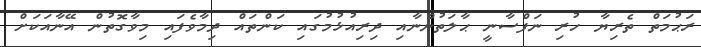
ރަޙުމަތް ތެރިޔާ ހުރި ނަފްސާނީ ޙާލަތުންނާއި ދިރިއުޅުމުގައި ކަންތައް ދިމާވެފައި މިވާގޮތުން އޭނާއަކަށް